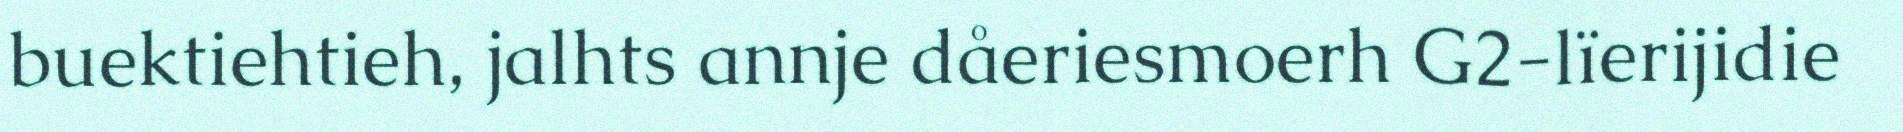
buektiehtieh, jalhts annje dåeriesmoerh G2-lïerijidie